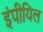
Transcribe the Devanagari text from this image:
इंपीयिल